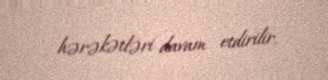
hərəkətləri davam etdirilir.